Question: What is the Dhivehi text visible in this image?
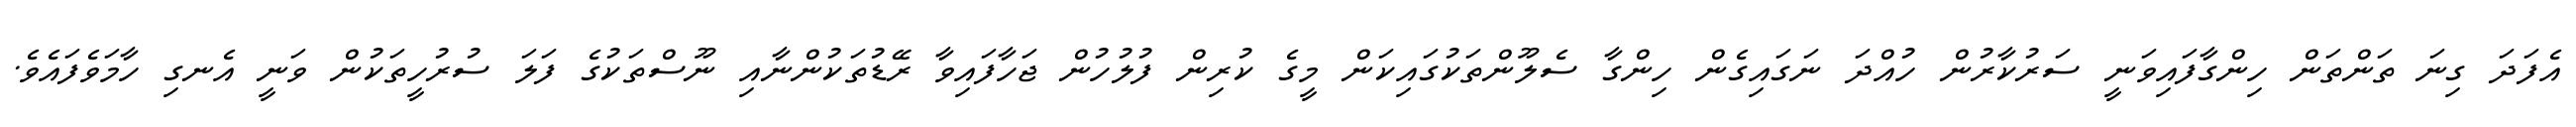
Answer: އެފަދަ ގިނަ ތަންތަން ހިންގާފައިވަނީ ސަރުކާރުން ހުއްދަ ނަގައިގެން ހިންގާ ސެލޫންތަކުގައިކަން މީގެ ކުރިން ފުލުހުން ޖަހާފައިވާ ރޭޑުތަކުންނާއި ނޫސްތަކުގެ ފަލަ ސުރުހީތަކުން ވަނީ އެނގި ހާމަވެފައެވެ.